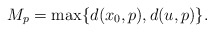
\begin{align*}M_p= \max\{d(x_0, p), d(u,p)\}. \end{align*}